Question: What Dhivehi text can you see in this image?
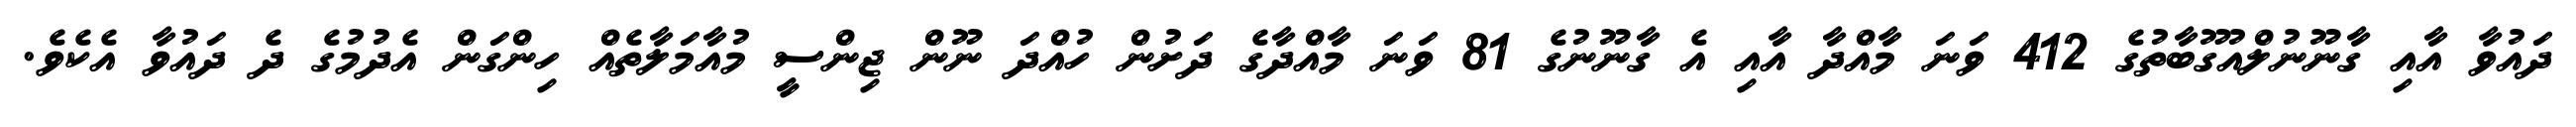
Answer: ދައުވާ އާއި ގާނޫނުލްއުގޫބާތުގެ 412 ވަނަ މާއްދާ އާއި އެ ގާނޫނުގެ 81 ވަނަ މާއްދާގެ ދަށުން ހުއްދަ ނޫން ޖިންސީ މުއާމަލާތެއް ހިންގަން އެދުމުގެ ދެ ދައުވާ އެކެވެ.